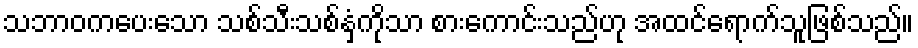
သဘာဝကပေးသော သစ်သီးသစ်နှံကိုသာ စားကောင်းသည်ဟု အထင်ရောက်သူဖြစ်သည်။